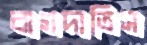
বাগদাতিস